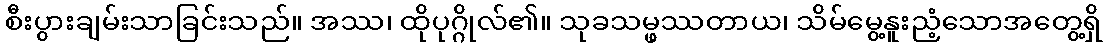
စီးပွားချမ်းသာခြင်းသည်။ အဿ၊ ထိုပုဂ္ဂိုလ်၏။ သုခသမ္ဖဿတာယ၊ သိမ်မွေ့နူးညံ့သောအတွေ့ရှိ